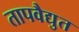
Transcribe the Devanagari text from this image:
तापवैद्युत